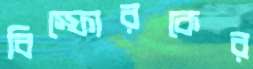
বিস্ফোরকের